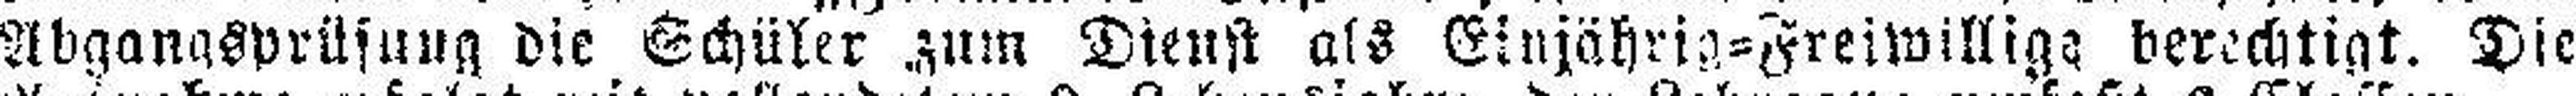
Abgangsprüfung die Schüler zum Dienst als Einjährig=Freiwillige berechtigt. Die